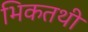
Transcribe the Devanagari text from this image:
भिकतथी